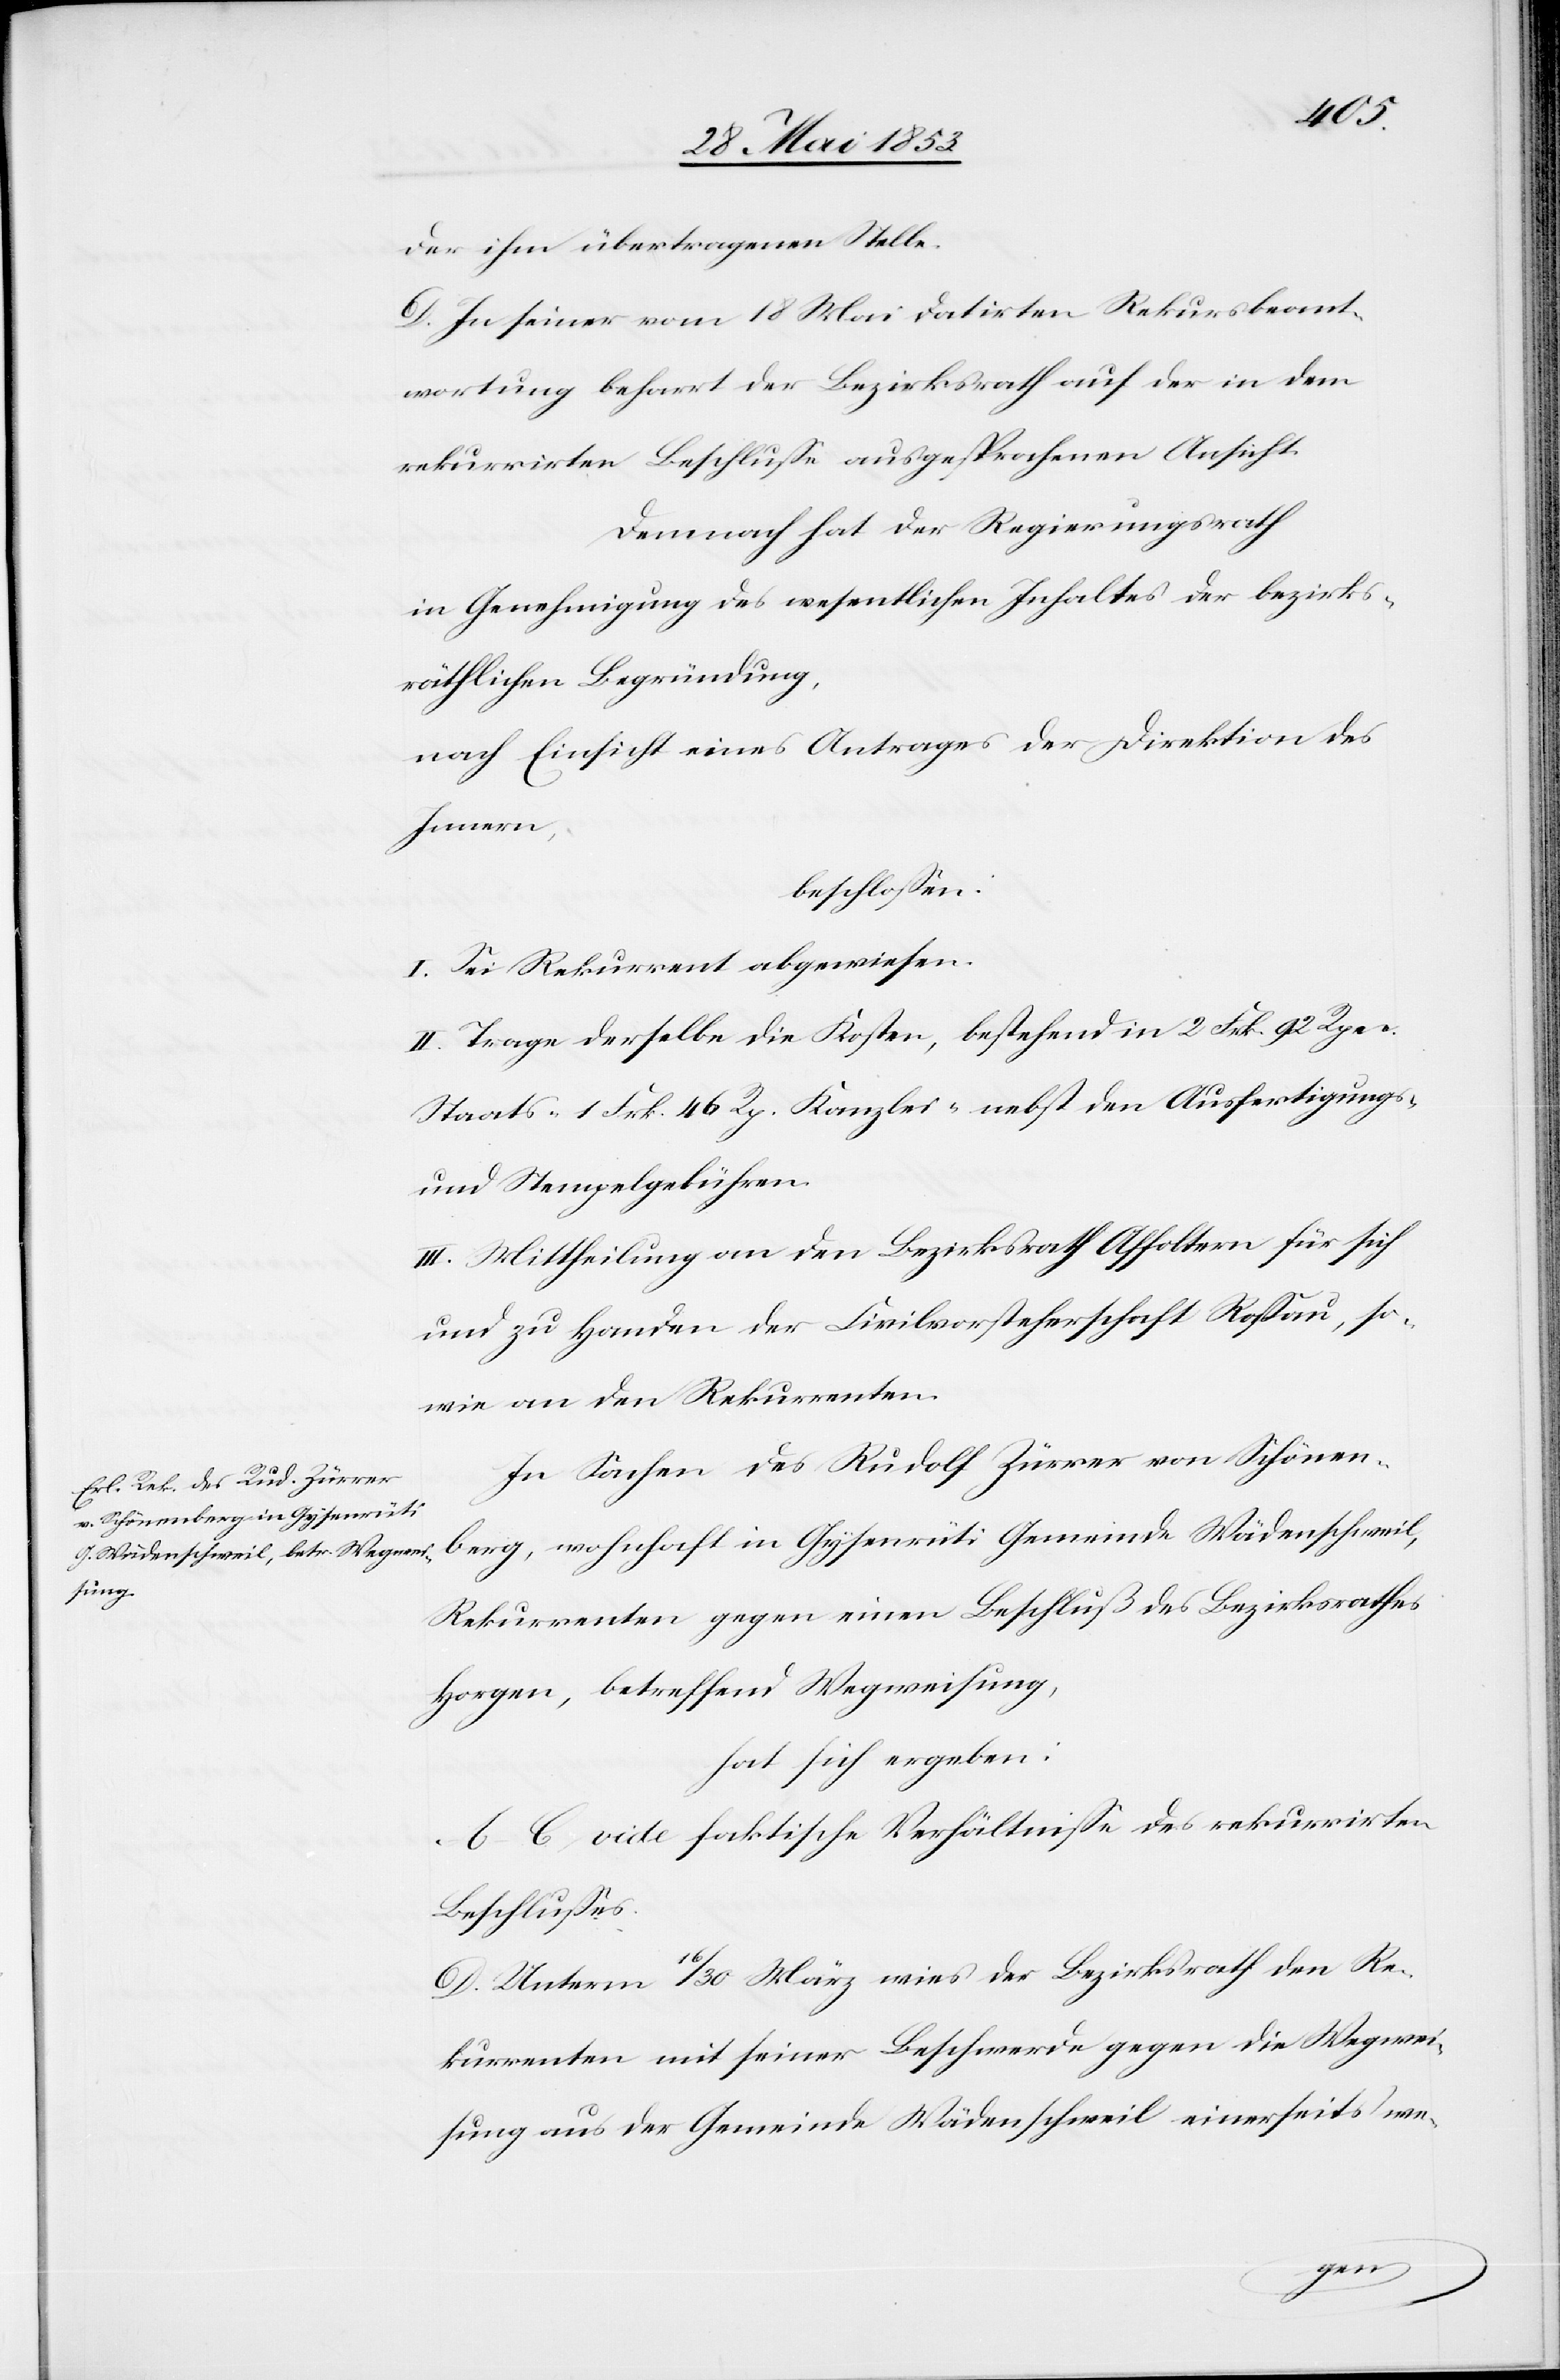
äthlichen
der ihm übertragenen Stelle.
D. In seiner vom 18 Mai datirten Rekursbeant¬
wortung beharrt der Bezirksrath auf der in dem
rekurrirten Beschluße ausgesprochenen Ansicht.
Demnach hat der Regierungsrath
in Genehmigung des wesentlichen Inhaltes der bezirksr¬
nach Einsicht eines Antrages der Direktion des
Innern,
beschloßen:
I. Sei Rekurrent abgewiesen.
II. Trage derselbe die Kosten, bestehend in 2. Frk. 92 Rpen.
Staats- 1 Frk. 46 Rp. Kanzlei- nebst den Ausfertigungs-
u. Stempelgebühren.
III. Mittheilung an den Bezirksrath Affoltern für sich
und zu Handen der Civilvorsteherschaft Roßau, so¬
wie an den Rekurrenten.
In Sachen des Rudolf Zürrer von Schönen¬
berg, wohnhaft in Gysenrüti Gemeinde Wädenschweil,
Rekurrenten gegen einen Beschluß des Bezirksrathes
Horgen, betreffend Wegweisung,
hat sich ergeben:
A–C. vide faktische Verhältnisse des rekurrirten
Beschlusses.
D. Unterm 16/30 März wies der Bezirksrath den Re¬
kurrenten mit seiner Beschwerde gegen die Wegwei¬
sung aus der Gemeinde Wädenschweil einerseits we-